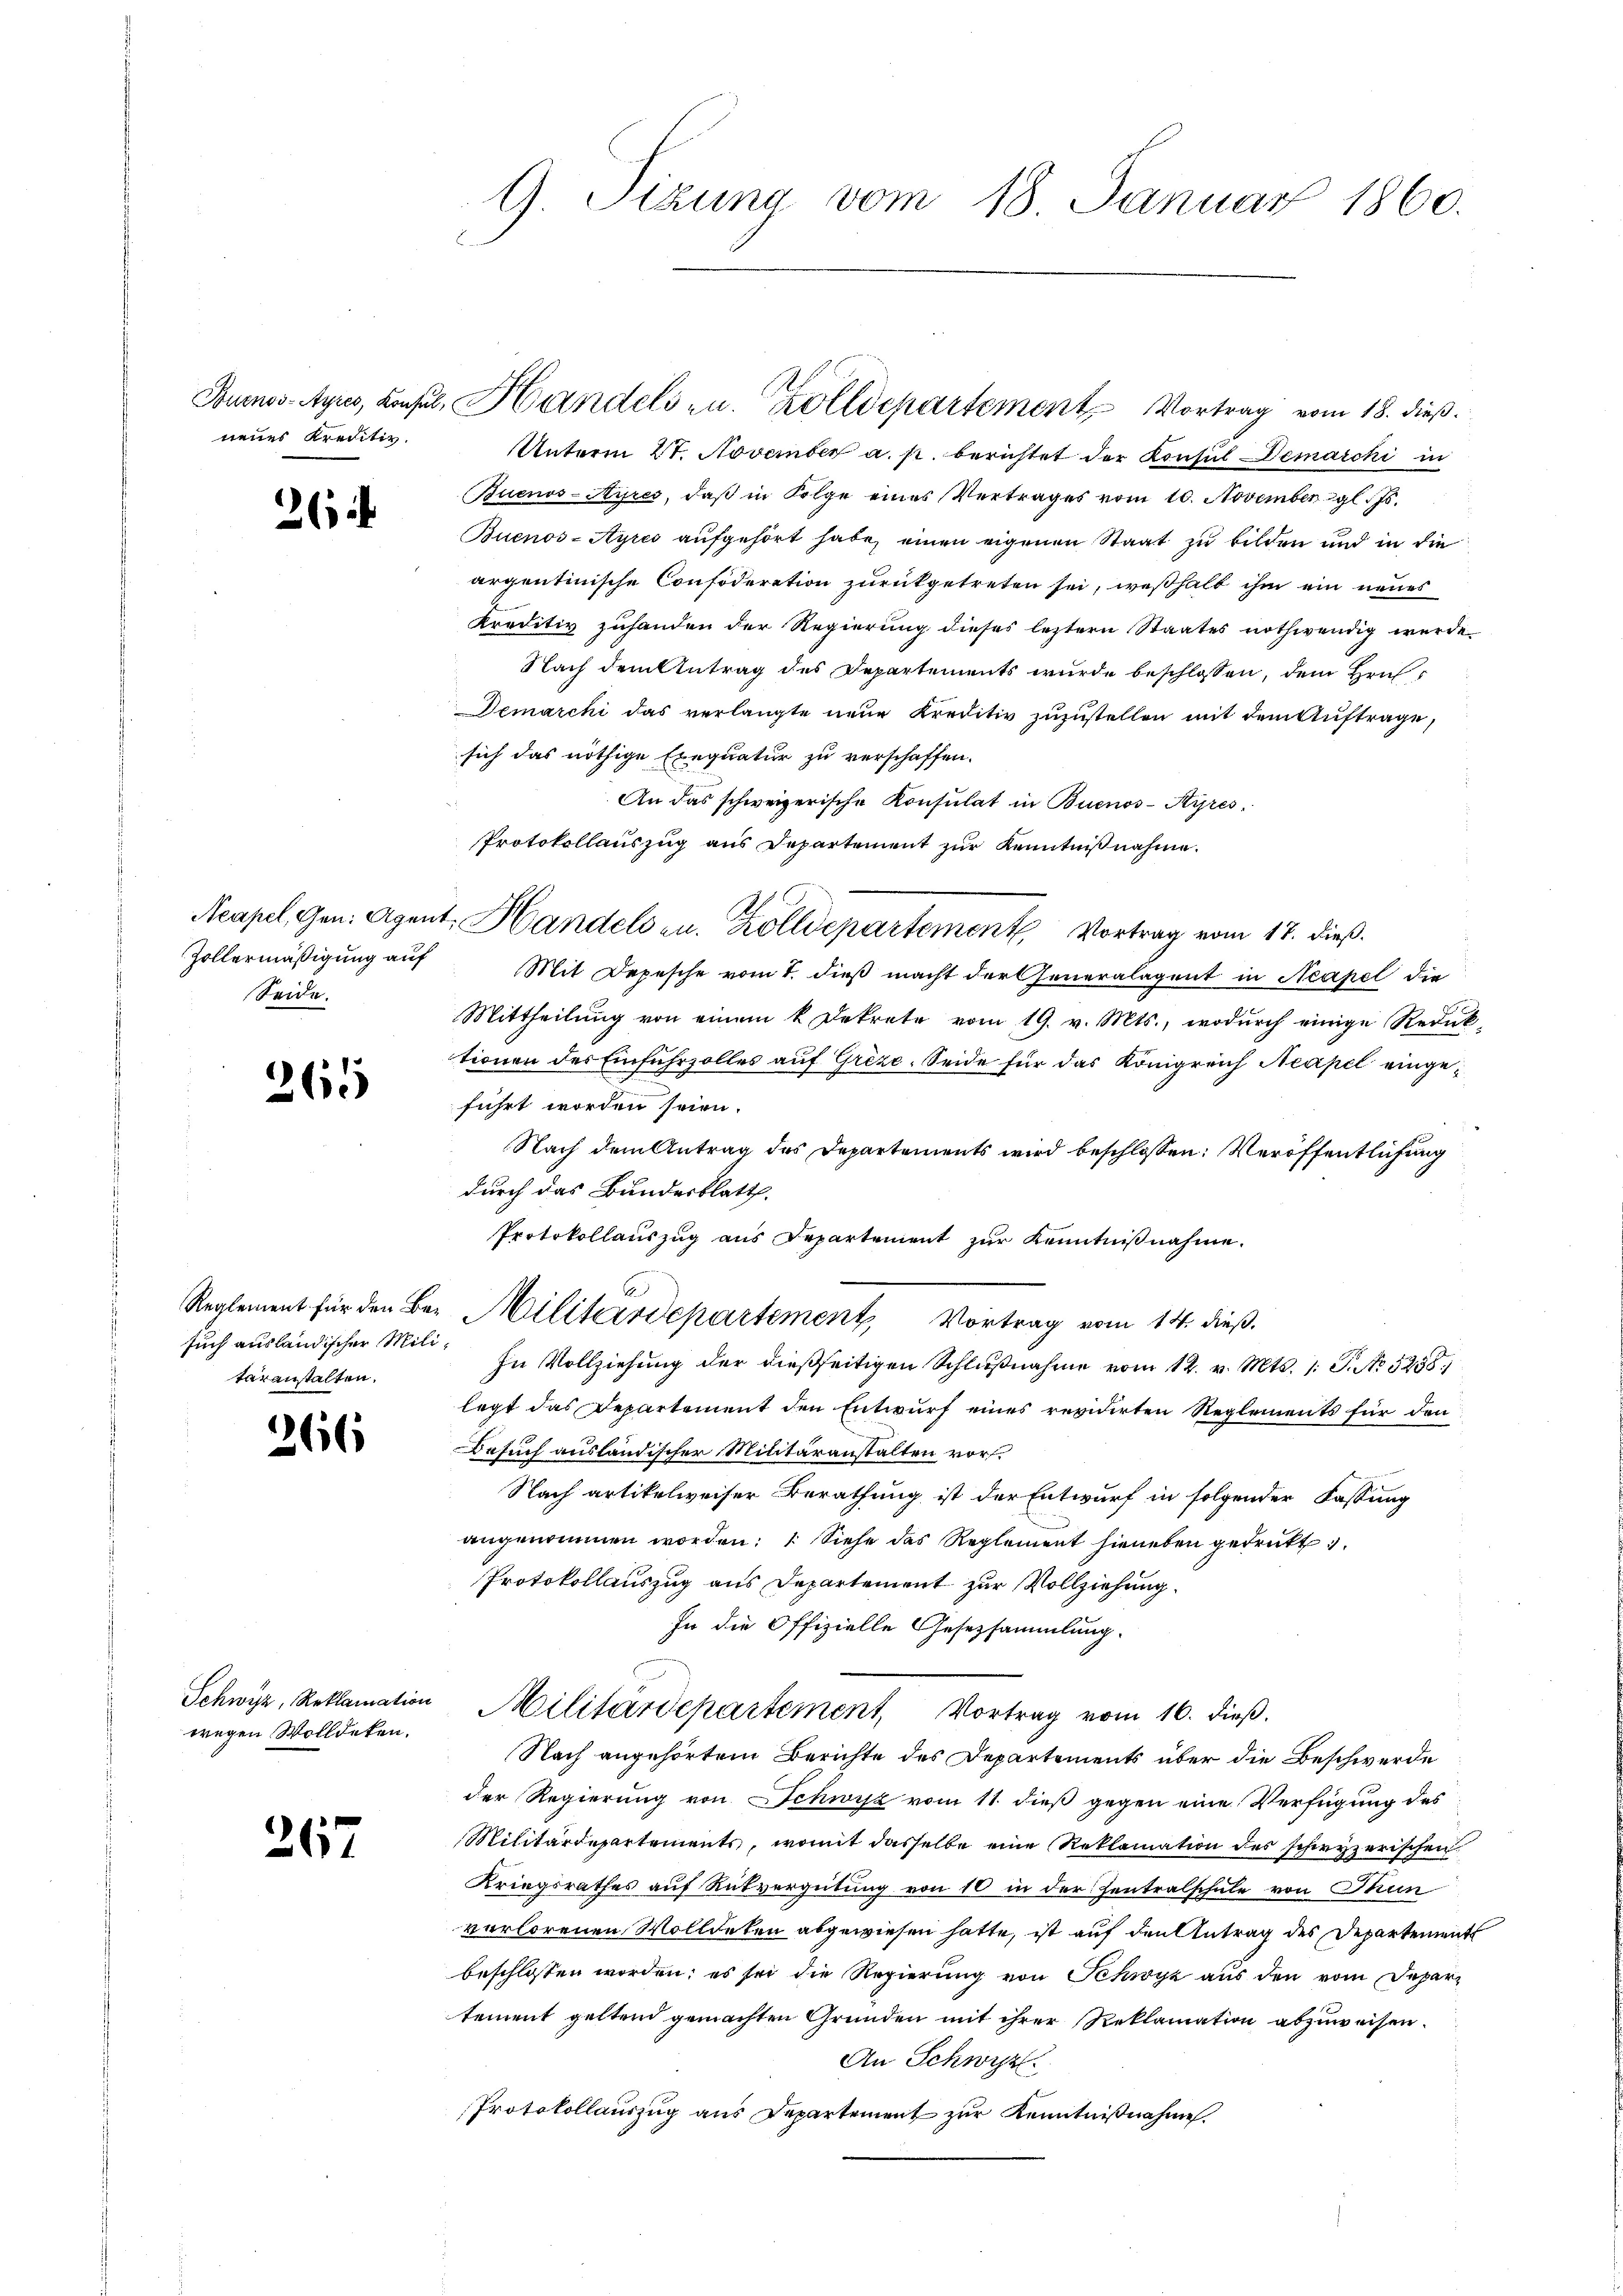
neues Kreditir

26

Zollermäßigung auf
Seide.

265

such ausländischer Militäranstalten.

266

wegen Wolldeken.

267

Unterm 27. November a. p. berichtet der Konsul-Demarcki in
Buenos-Ayres, daß in Folge eines Vertrages vom 10. Novembergl. 70.
Buenos-Ayres aufgehört habe, einen eigenen Staat zu bilden und in die
argentinische Confoderation zurückgetreten sei, weßhalb ihm ein neues
kreditiv zuhanden der Regierung dieses leztern Staates nothwendig wurde
Nach dem Antrag des Departements wurde beschlossen, dem Hrn.
Demarchi das verlangte neue Kreditiv zuzustellen mit dem Auftrage,
sich das nöthige Exequatur zu verschaffen.
An das schweizerische Konsulat in Buenos-Ayres
Protokollauszug aus Departement zur Kenntnißnahme.
Acapel, Gen. Agent. Handels zu. Zolldepartement Vortrag vom 17. dieß.
Mit Depesche vom 1. dieß macht der Generalagent in Neapel die
Mittheilung von einem k. Dekrete vom 19. v. Mts., wodurch einige Reduk-
tionen des Einfuhrzolles auf Grize. Seide für das Königreich Neapel eingeführt worden seien.
Nach dem Antrag des Departements wird beschlossen: Veröffentlichung
durch das Bundesblatth.
Protokollauszug aus Departement zur Kenntnißnahme.
6
Reglement für den Be- Militärdepartement Vortrag vom 14. dieß.
In Vollziehung der dießseitigen Schlußnahme vom 12. v. Mts. 1 S. No 5258)
legt das Departement den Entwurf eines revidirten Reglements für den
Besuch ausländischer Militäranstalten vor¬
Nach artikelweiser Berathung ist der Entwurf in folgender Fassung
angenommen worden: 1. Siehe des Reglement hieneben gedrukt
Protokollauszug aus Departement zur Vollziehung.
In die Offizielle Gesetzsammlung.
Schwyz, Reklamation Militärdepartement, Vortrag vom 16. dieβ.
Nach angehörtem Berichte des Departements über die Beschwerde
der Regierung von Schwyz vom 11. dieß gegen eine Verfügung des
Militärdepartements, womit dasselbe eine Reklamation des schwyzerischen.
Kriegsrathes auf Rückvergütung von 10 in der Zentralschule von Thun
verlorenen Wolldeten abgewiesen hatte, ist auf den Antrag des Departement
beschlossen worden; es sei die Regierung von Schwyz aus den vom Departement geltend gemachten Gründen mit ihrer Reklamation abzuweisen.
An Schwyz
Protokollauszug aus Departement zur Kenntnißnahme.

9. Sizung vom 18. Januar 1860.

Touenos-Ayres, Konsul, Handels zu. Zolldepartement Vortrag vom 18. dieß.